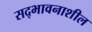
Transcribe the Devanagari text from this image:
सद्‌भावनाशील